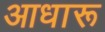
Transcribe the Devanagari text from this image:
आधारू